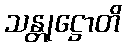
သန္တုဋ္ဌောတိ